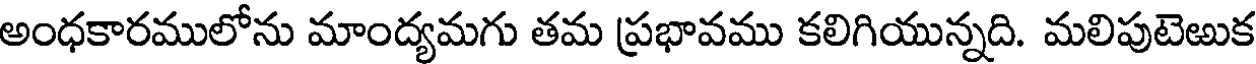
అంధకారములోను మాంద్యమగు తమ ప్రభావము కలిగియున్నది. మలిపుటెఱుక